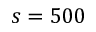
s = 5 0 0